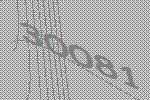
30081